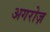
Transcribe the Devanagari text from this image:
अगरोज़